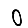
Digit: 0